Civil Veterinary Department Bengal reports 1933-51 - 1933-1951
Year: 1933
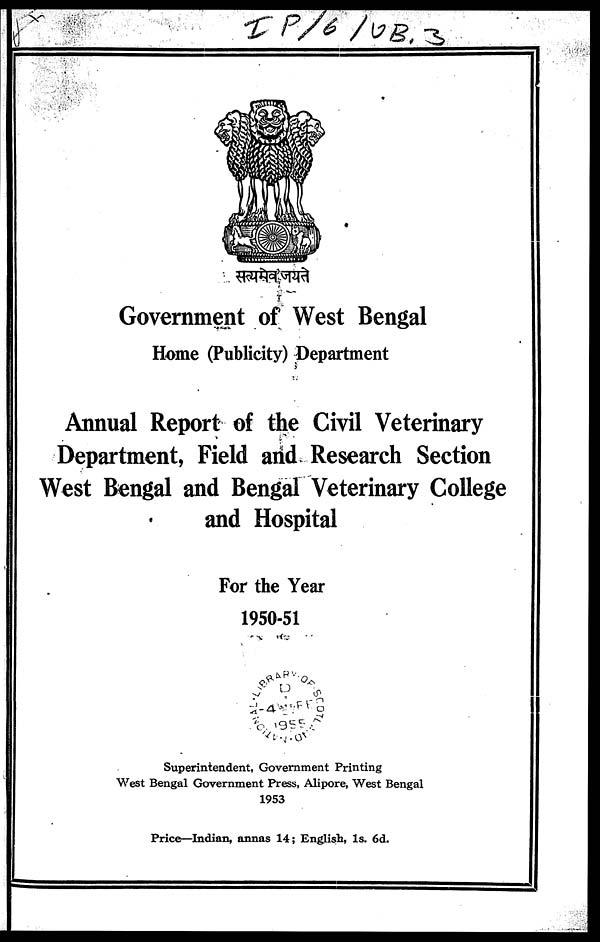
Government of West Bengal
Home (Publicity) Department
Annual Report of the Civil Veterinary
Department, Field and Research Section
West Bengal and Bengal Veterinary College
and Hospital
For the Year
1950-51
Superintendent, Government Printing
West Bengal Government Press, Alipore, West Bengal
1953
Price—Indian, annas 14; English, 1s. 6d.